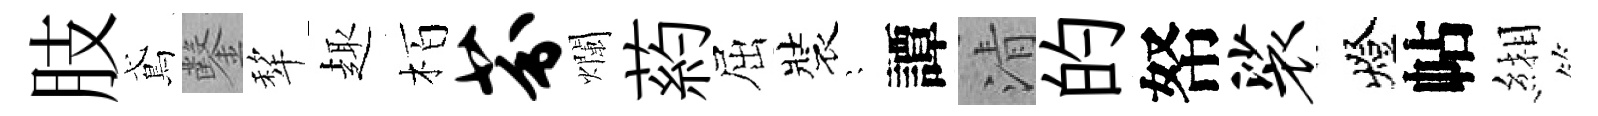
肢鳶鑿犂趣栢芬爛葯屈裝隠譚清的帑裟燈帖緗